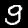
Digit: 9